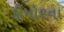
ડીમોરના